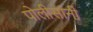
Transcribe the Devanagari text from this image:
पोलीसांनी